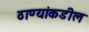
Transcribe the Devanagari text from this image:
ठाण्यांकडील